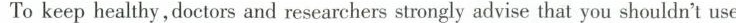
To keep healthy ,doctors and researchers strongly advise that you shouldn't use